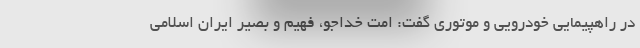
در راهپیمایی خودرویی و موتوری گفت: امت خداجو، فهیم و بصیر ایران اسلامی